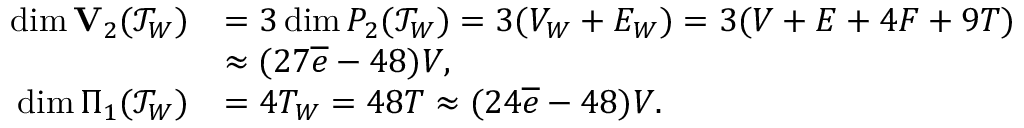
\begin{array} { r l } { \dim { \bf V } _ { 2 } ( { \mathcal T } _ { { W } } ) } & { = 3 \dim P _ { 2 } ( { \mathcal T } _ { { W } } ) = 3 ( V _ { W } + E _ { W } ) = 3 ( V + E + 4 F + 9 T ) } \\ & { \approx ( 2 7 \overline { { e } } - 4 8 ) V , } \\ { \dim \Pi _ { 1 } ( { \mathcal T } _ { { W } } ) } & { = 4 T _ { W } = 4 8 T \approx ( 2 4 \overline { { e } } - 4 8 ) V . } \end{array}